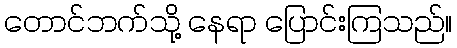
တောင်ဘက်သို့ နေရာ ပြောင်းကြသည်။